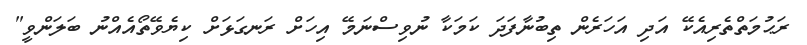
ރަޙުމަތްތެރިއެކޭ އަދި އަހަރެން ތިބުނާފަދަ ކަމަކާ ނުވިސްނަމޭ އިހަށް ރަނގަޅަށް ކިޔެވޭތޯއެއްނު ބަލަންވީ"